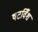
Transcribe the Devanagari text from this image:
षटविँश